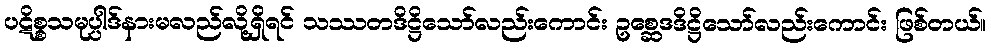
ပဋိစ္စသမုပ္ပါဒ်နားမလည်လို့ရှိရင် သဿတဒိဋ္ဌိသော်လည်းကောင်း ဥစ္ဆေဒဒိဋ္ဌိသော်လည်းကောင်း ဖြစ်တယ်။